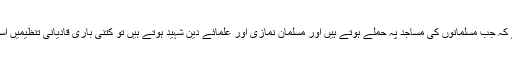
“سوال یہ پیدا ہوتا ہے کہ جب مسلمانوں کی مساجد پہ حملے ہوتے ہیں اور مسلمان نمازی اور علمائے دین شہید ہوتے ہیں تو کتنی باری قادیانی تنظیمیں اسکی مذمت کرتی ہیں۔